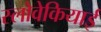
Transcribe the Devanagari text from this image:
स्लोवेकियाई